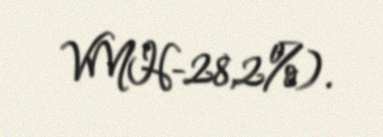
VMH-28,2%).